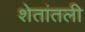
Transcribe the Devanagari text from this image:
शेतांतली